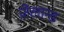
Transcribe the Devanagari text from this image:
ज़ेलान्ड